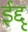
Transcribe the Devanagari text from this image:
ईद्दू